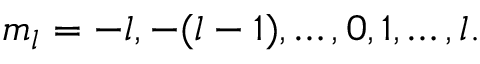
m _ { l } = - l , - ( l - 1 ) , \ldots , 0 , 1 , \ldots , l .